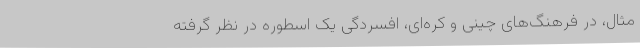
مثال، در فرهنگ‌های چینی و کره‌ای، افسردگی یک اسطوره در نظر گرفته